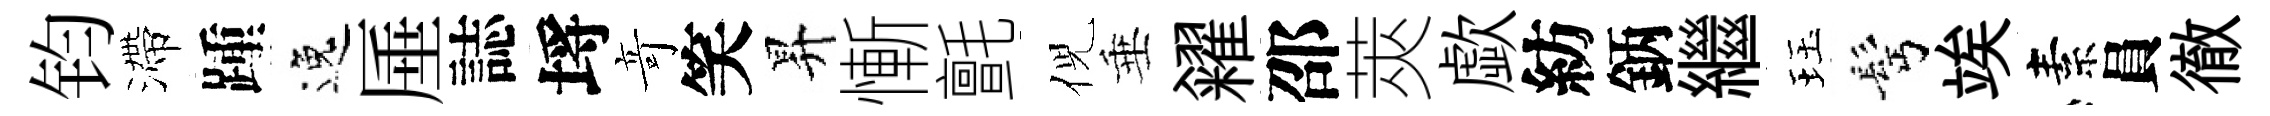
钧滯踵逸厜誌埓竒笑昇慚氈倪垂糴邵莢歔紡鈵繼珏髩竢素員徹